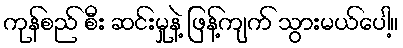
ကုန်စည် စီး ဆင်းမှုနဲ့ ဖြန့်ကျက် သွားမယ်ပေါ့။